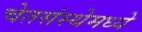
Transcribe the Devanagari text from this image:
चेतसंस्थेमध्ये